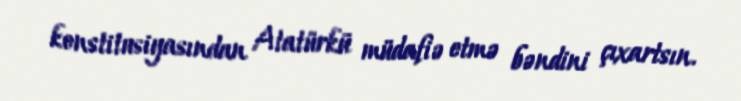
konstitusiyasından Atatürkü müdafiə etmə bəndini çıxartsın.